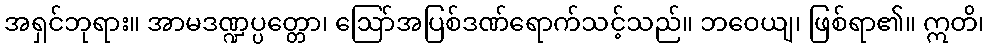
အရှင်ဘုရား။ အာမဒဏ္ဍပ္ပတ္တော၊ ဩော်အပြစ်ဒဏ်ရောက်သင့်သည်။ ဘဝေယျ၊ ဖြစ်ရာ၏။ ဣတိ၊